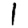
Digit: 1